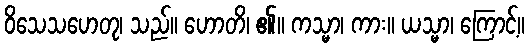
ဝိသေသဟေတု၊ သည်။ ဟောတိ၊ ၏။ ကသ္မာ၊ ကား။ ယသ္မာ၊ ကြောင့်။